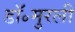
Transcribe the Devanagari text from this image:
डॉ॰मुरली